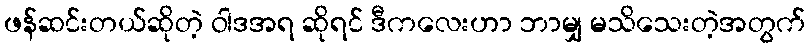
ဖန်ဆင်းတယ်ဆိုတဲ့ ဝါဒအရ ဆိုရင် ဒီကလေးဟာ ဘာမျှ မသိသေးတဲ့အတွက်